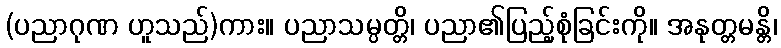
(ပညာဂုဏ ဟူသည်)ကား။ ပညာသမ္ပတ္တိ၊ ပညာ၏ပြည့်စုံခြင်းကို။ အနုတ္တမန္တိ၊